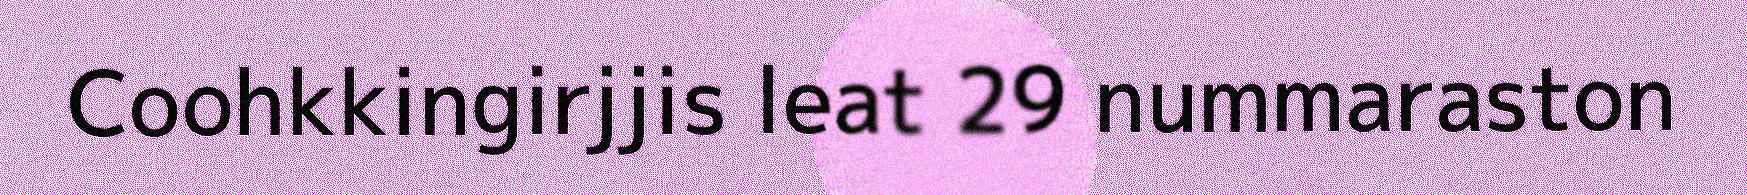
Coohkkingirjjis leat 29 nummaraston